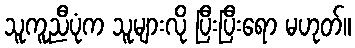
သူကူညီပုံက သူများလို ပြီးပြီးရော မဟုတ်။